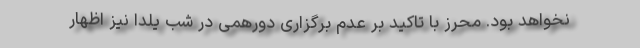
نخواهد بود. محرز با تاکید بر عدم برگزاری دورهمی در شب یلدا نیز اظهار